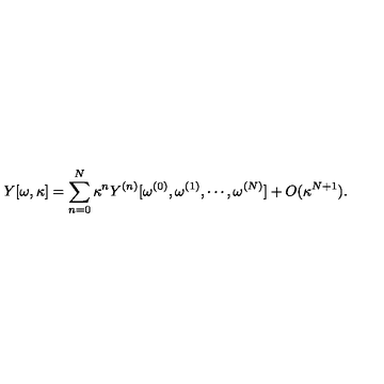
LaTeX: Y [ \omega , \kappa ] = \sum _ { n = 0 } ^ { N } \kappa ^ { n } Y ^ { ( n ) } [ \omega ^ { ( 0 ) } , \omega ^ { ( 1 ) } , \cdots , \omega ^ { ( N ) } ] + O ( \kappa ^ { N + 1 } ) .